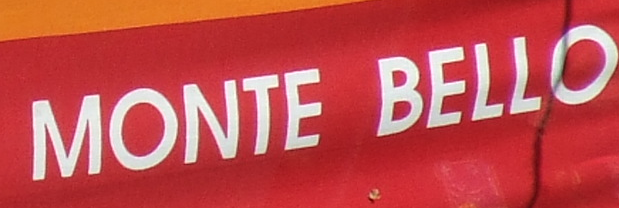
MONTE BELLO